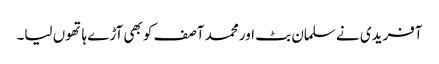
آفریدی نے سلمان بٹ اور محمد آصف کو بھی آڑے ہاتھوں لیا۔